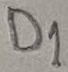
Text: D1